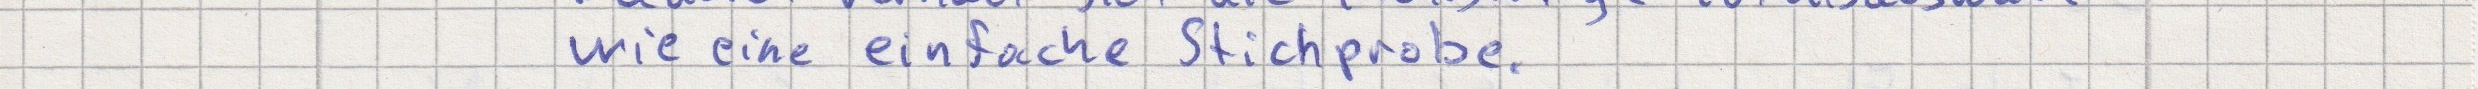
wie eine einfache Stichprobe.